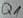
Text: Q1